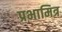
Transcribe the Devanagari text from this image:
प्रभामित्र